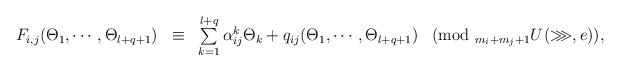
LaTeX: \begin{align*}\begin{array}{llllll}&F_{i,j}(\Theta_1,\cdots,\Theta_{l+q+1})&\equiv&\sum\limits_{k=1}^{l+q}\alpha_{ij}^k\Theta_k+q_{ij}(\Theta_1,\cdots,\Theta_{l+q+1})&(\mbox{mod }_{m_i+m_j+1}U^{}(\ggg,e)),\end{array}\end{align*}